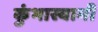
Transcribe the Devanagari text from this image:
कुंभास्वामी